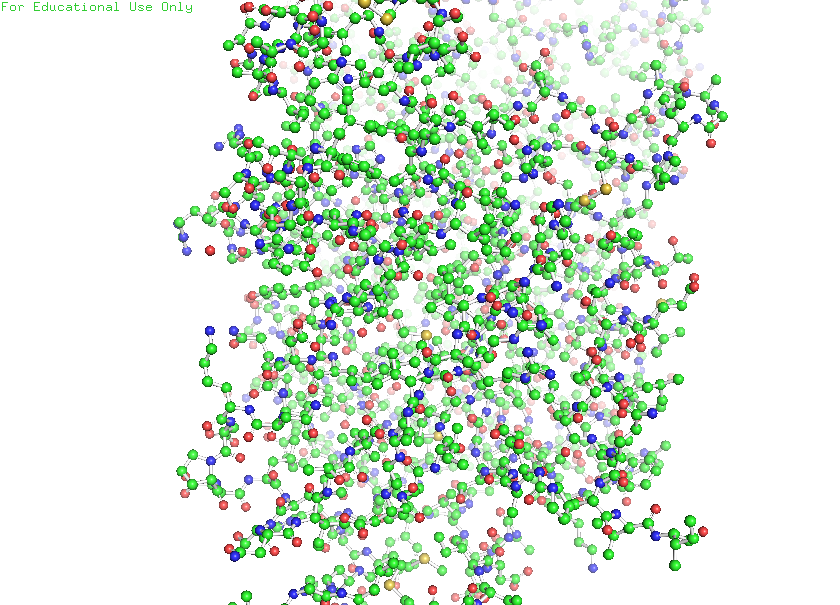
pymol, preset, ball_and_stick